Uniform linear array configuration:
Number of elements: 8
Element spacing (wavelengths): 0.25
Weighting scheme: uniform
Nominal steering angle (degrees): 30
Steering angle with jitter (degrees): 31.545
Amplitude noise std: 0.05
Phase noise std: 0.05

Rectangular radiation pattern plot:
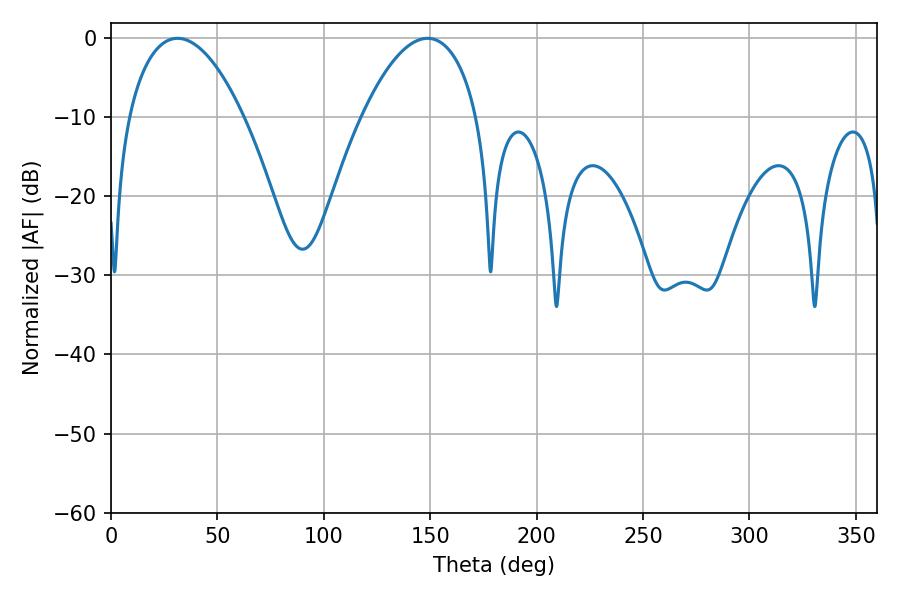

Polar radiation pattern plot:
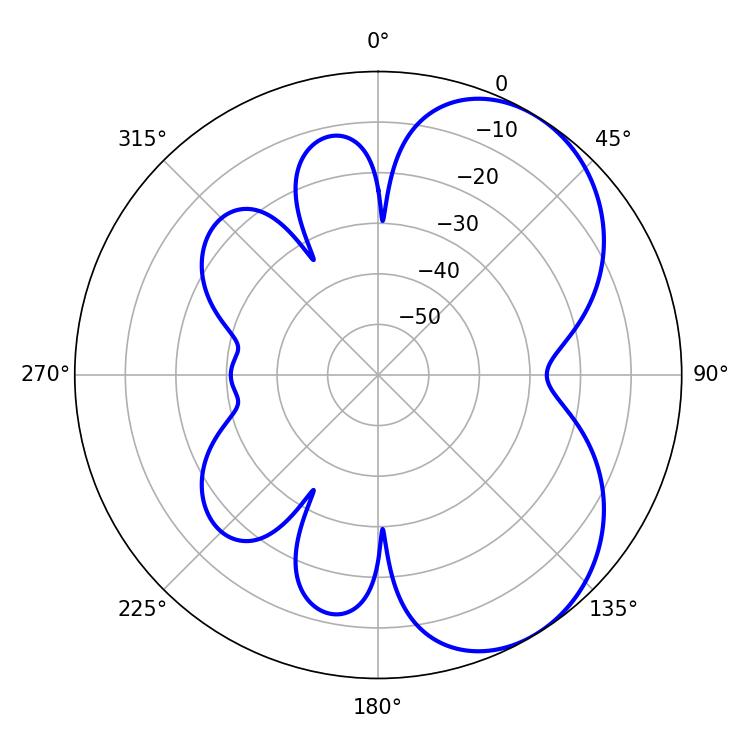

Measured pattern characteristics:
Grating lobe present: FALSE
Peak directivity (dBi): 5.322
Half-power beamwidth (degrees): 30.24
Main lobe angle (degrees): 31.32